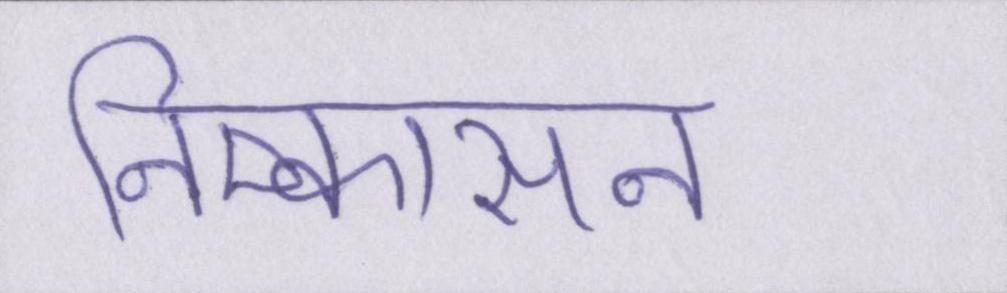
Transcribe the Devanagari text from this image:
निष्कासन